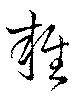
雑